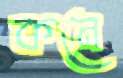
কনে